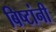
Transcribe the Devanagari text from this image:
बिष्टांनी